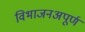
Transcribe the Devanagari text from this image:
विभाजनअपूर्ण